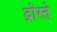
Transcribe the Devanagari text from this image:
द्रोस्ते